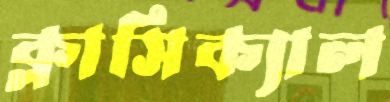
ক্লাসিক্যাল